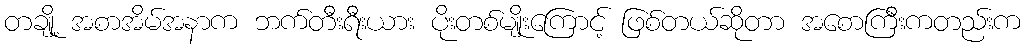
တချို့ အစာအိမ်အနာက ဘက်တီးရီးယား ပိုးတစ်မျိုးကြောင့် ဖြစ်တယ်ဆိုတာ အစောကြီးကတည်းက